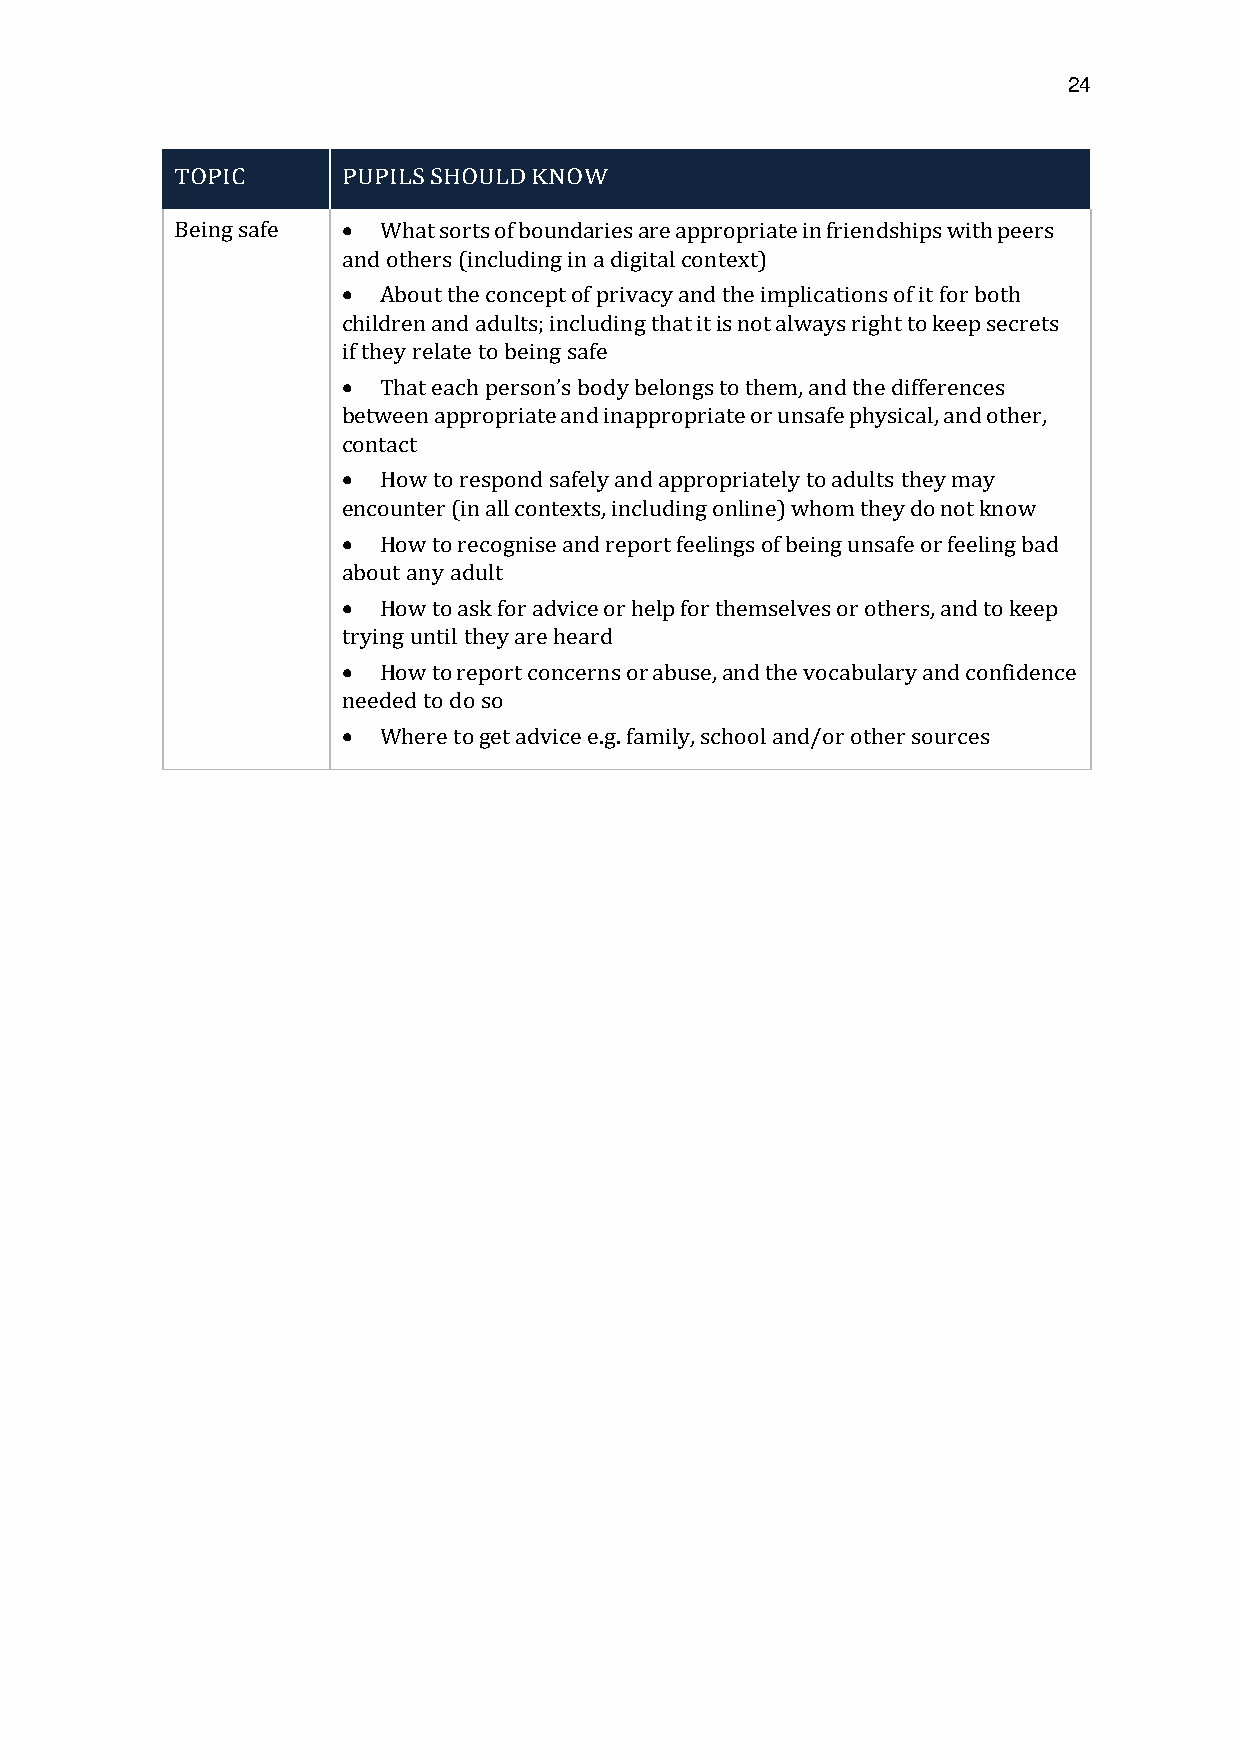
24
 TOPIC      PUPILS SHOULD KNOW
 Being safe  What sorts of boundaries are appropriate in friendships with peers
 and others (including in a digital context)
  About the concept of privacy and the implications of it for both
 children and adults; including that it is not always right to keep secrets
 if they relate to being safe
 
 between appropriate and inappropriate or unsafe physical, and other,
 contTahcat t each person’s body belongs to them, and the differences
  How to respond safely and appropriately to adults they may
 encounter (in all contexts, including online) whom they do not know
  How to recognise and report feelings of being unsafe or feeling bad
 about any adult
  How to ask for advice or help for themselves or others, and to keep
 trying until they are heard
  How to report concerns or abuse, and the vocabulary and confidence
 needed to do so
  Where to get advice e.g. family, school and/or other sources